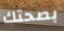
بصحتك